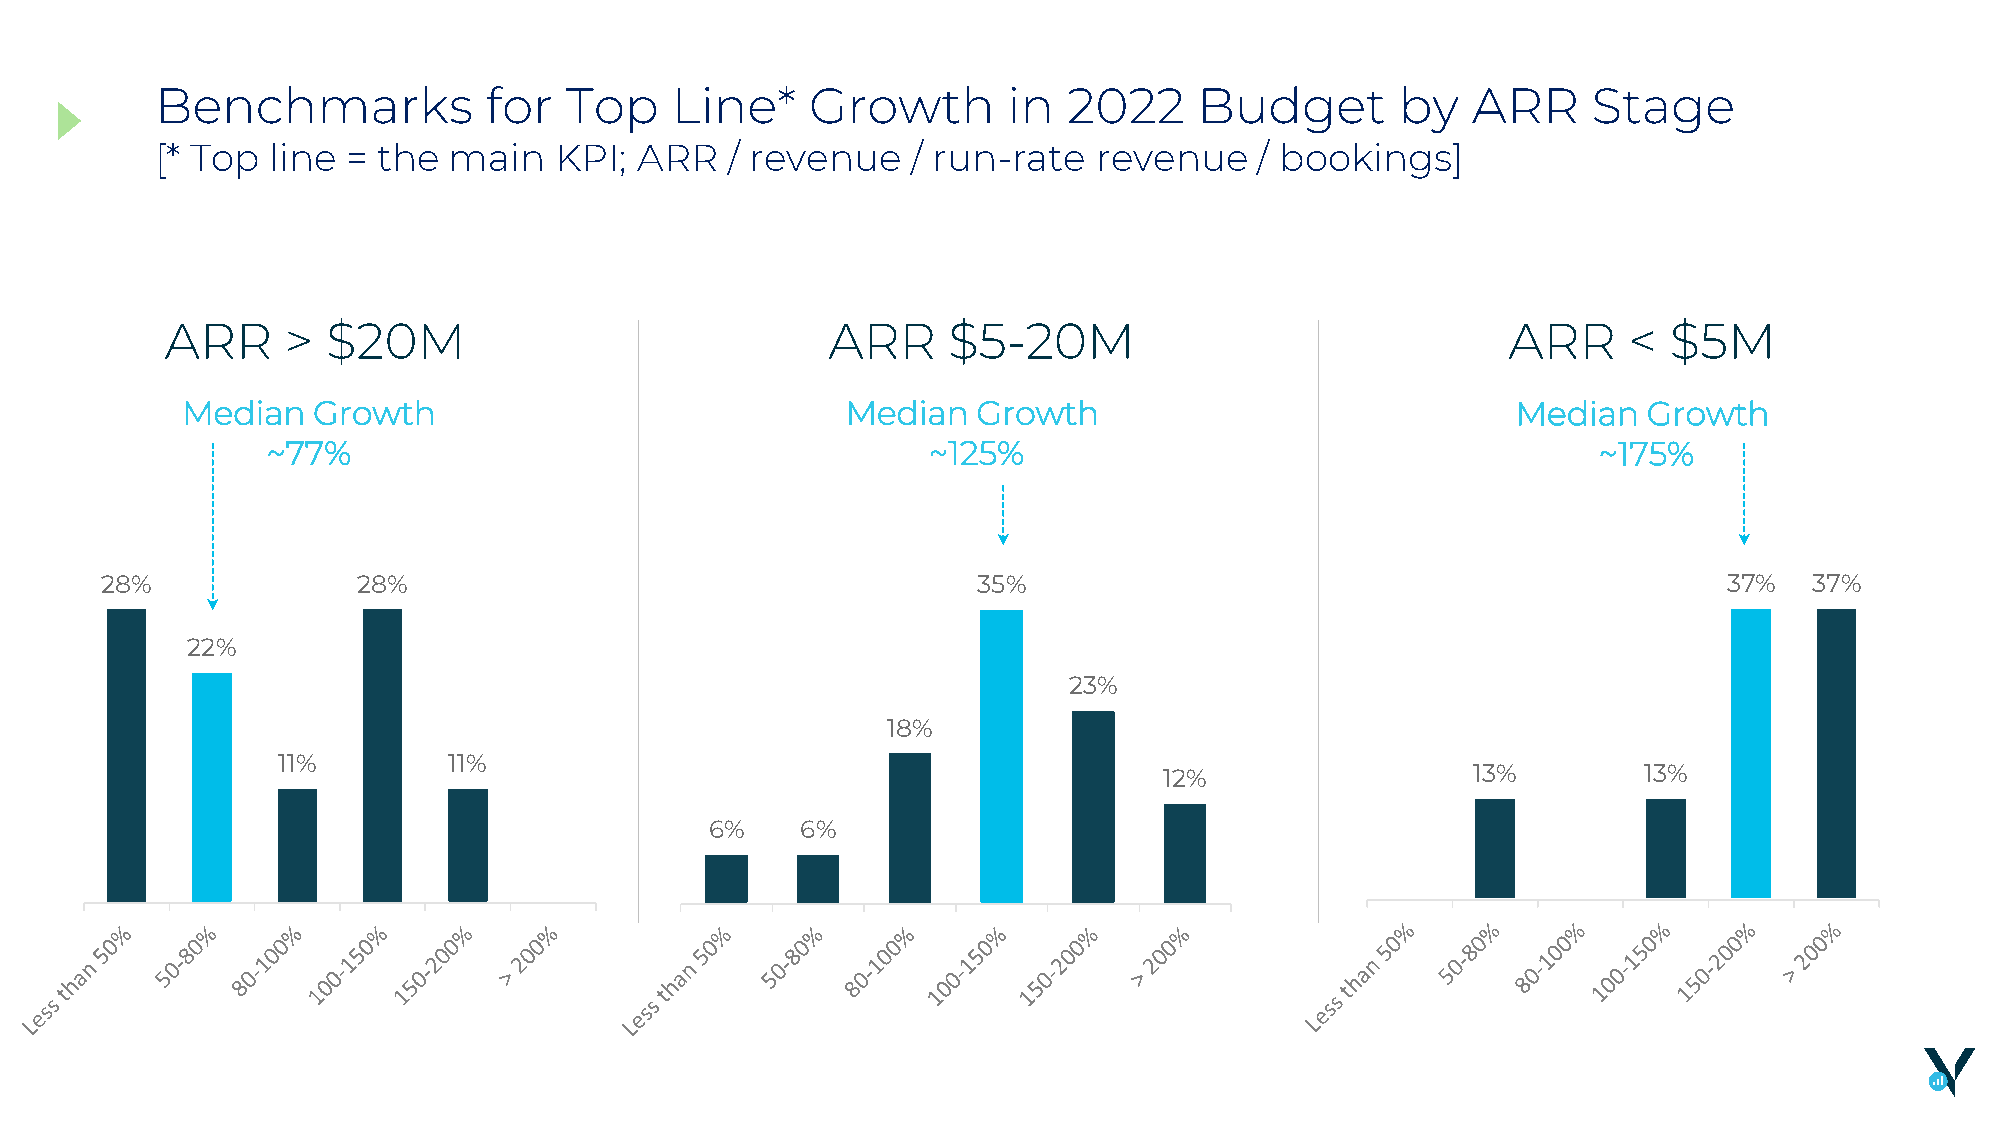
Benchmarks            for  Top    Line*     Growth       in  2022    Budget        by  ARR     Stage
 [* Top  line = the  main   KPI; ARR   / revenue   / run-rate   revenue   / bookings]
 ARR     >  $20M                             ARR     $5-20M                               ARR     < $5M
 Median   Growth                             Median   Growth                             Median   Growth
 ~77%                                       ~125%                                        ~175%
 28%              28%                                      35%                                              37%   37%
 22%
 23%
 18%
 11%         11%
 12%                 13%         13%
 6%    6%